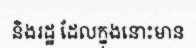
និងរដ្ឋ ដែលក្នុងនោះមាន